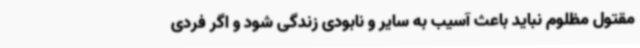
مقتول مظلوم نباید باعث آسیب به سایر و نابودی زندگی شود و اگر فردی